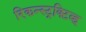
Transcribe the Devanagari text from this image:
रिकन्स्ट्रक्टिव्ह